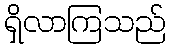
ရှိလာကြသည်